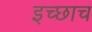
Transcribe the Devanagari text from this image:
इच्छाच